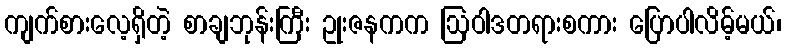
ကျက်စားလေ့ရှိတဲ့ စာချဘုန်းကြီး ဥုးဇနကက ဩဝါဒတရားစကား ပြောပါလိမ့်မယ်၊